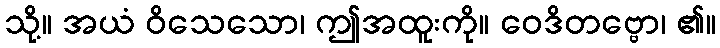
သို့။ အယံ ဝိသေသော၊ ဤအထူးကို။ ဝေဒိတဗ္ဗော၊ ၏။